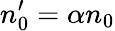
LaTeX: n_{0}^{\prime}=\alpha n_{0}